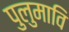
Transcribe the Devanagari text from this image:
पुलुमावि